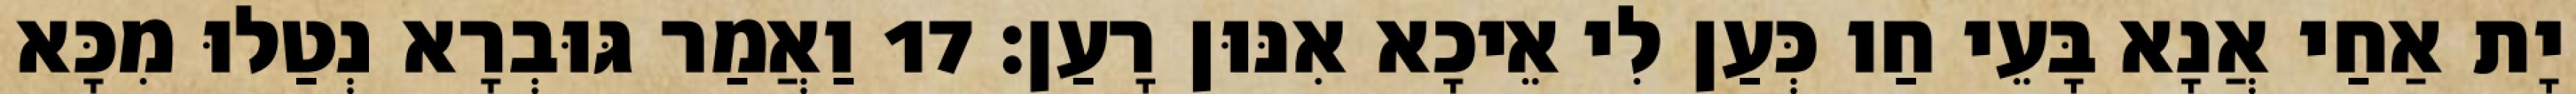
יָת אַחַי אֲנָא בָּעֵי חַו כְּעַן לִי אֵיכָא אִנּוּן רָעַן׃ 17 וַאֲמַר גּוּבְרָא נְטַלוּ מִכָּא